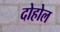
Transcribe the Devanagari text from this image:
दोहोल